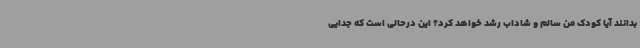
بدانند آیا کودک من سالم و شاداب رشد خواهد کرد؟ این درحالی است که جدایی